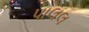
પાલલ